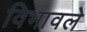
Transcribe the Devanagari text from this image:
विभावले